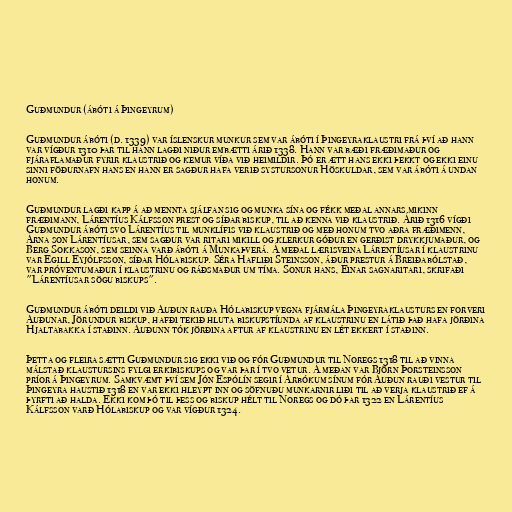
Guðmundur (ábóti á Þingeyrum)

Guðmundur ábóti (d. 1339) var íslenskur munkur sem var ábóti í Þingeyraklaustri frá því að hann
var vígður 1310 þar til hann lagði niður embætti árið 1338. Hann var bæði fræðimaður og
fjáraflamaður fyrir klaustrið og kemur víða við heimildir. Þó er ætt hans ekki þekkt og ekki einu
sinni föðurnafn hans en hann er sagður hafa verið systursonur Höskuldar, sem var ábóti á undan
honum.

Guðmundur lagði kapp á að mennta sjálfan sig og munka sína og fékk meðal annars mikinn
fræðimann, Lárentíus Kálfsson prest og síðar biskup, til að kenna við klaustrið. Árið 1316 vígði
Guðmundur ábóti svo Lárentíus til munklífis við klaustrið og með honum tvo aðra fræðimenn,
Árna son Lárentíusar, sem sagður var ritari mikill og klerkur góður en gerðist drykkjumaður, og
Berg Sokkason, sem seinna varð ábóti á Munkaþverá. Á meðal lærisveina Lárentíusar í klaustrinu
var Egill Eyjólfsson, síðar Hólabiskup. Séra Hafliði Steinsson, áður prestur á Breiðabólstað,
var próventumaður í klaustrinu og ráðsmaður um tíma. Sonur hans, Einar sagnaritari, skrifaði
"Lárentíusar sögu biskups".

Guðmundur ábóti deildi við Auðun rauða Hólabiskup vegna fjármála Þingeyraklausturs en forveri
Auðunar, Jörundur biskup, hafði tekið hluta biskupstíunda af klaustrinu en látið það hafa jörðina
Hjaltabakka í staðinn. Auðunn tók jörðina aftur af klaustrinu en lét ekkert í staðinn.

Þetta og fleira sætti Guðmundur sig ekki við og fór Guðmundur til Noregs 1318 til að vinna
málstað klaustursins fylgi erkibiskups og var þar í tvo vetur. Á meðan var Björn Þorsteinsson
príor á Þingeyrum. Samkvæmt því sem Jón Espólín segir í Árbókum sínum fór Auðun rauði vestur til
Þingeyra haustið 1318 en var ekki hleypt inn og söfnuðu munkarnir liði til að verja klaustrið ef á
þyrfti að halda. Ekki kom þó til þess og biskup hélt til Noregs og dó þar 1322 en Lárentíus
Kálfsson varð Hólabiskup og var vígður 1324.